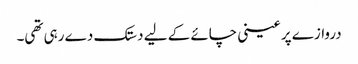
دروازے پر عینی چائے کے لیے دستک دے رہی تھی۔